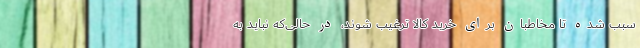
سبب شده تا مخاطبان برای خرید کالا ترغیب شوند، در حالی‌که نباید به